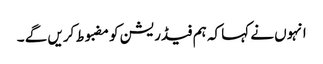
انہوں نے کہا کہ ہم فیڈریشن کو مضبوط کریں گے ۔